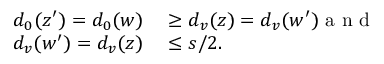
\begin{array} { r l } { d _ { 0 } ( z ^ { \prime } ) = d _ { 0 } ( w ) } & { { } \geq d _ { v } ( z ) = d _ { v } ( w ^ { \prime } ) \mathrm { ~ a ~ n ~ d ~ } } \\ { d _ { v } ( w ^ { \prime } ) = d _ { v } ( z ) } & { { } \leq s / 2 . } \end{array}